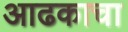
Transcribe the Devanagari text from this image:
आढकाचा